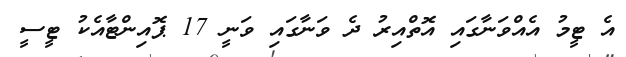
އެ ޓީމު އެއްވަނާގައި އޮތްއިރު ދެ ވަނާގައި ވަނީ 17 ޕޮއިންޓާއެކު ޓީސީ